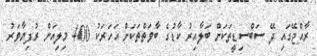
ރާއްޖޭގައި ދޭ ސަބްސިޑީތަކަށް ބަލާއިރު ކާޑުގެ ބާވަތްތަކަށް އަހަރަކު 400 މިލިއަން ރުފިޔާވަރު